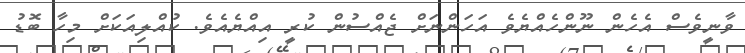
ވާނީވެސް އެހެން ނޫންހެއްޔެވެ އަހަންނަށް ޖެއްސުން ކުރީ އިއްޔެއެވެ. ކުއްލިއަކަށް މިހާ ބޮޑު